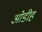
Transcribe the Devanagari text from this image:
ओडीह